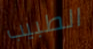
الطبيب